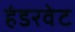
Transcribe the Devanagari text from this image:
हंडरवेट